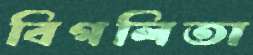
বিগলিতা